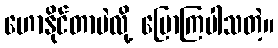
ဟောနိုင်တာပဲလို့ ပြောကြပါသတဲ့။